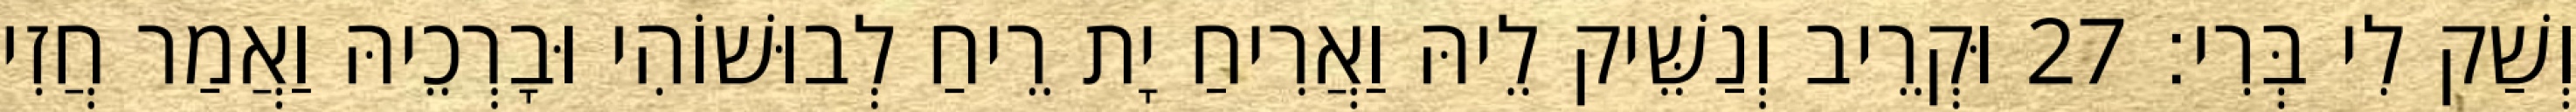
וְשַׁק לִי בְּרִי׃ 27 וּקְרֵיב וְנַשֵּׁיק לֵיהּ וַאֲרִיחַ יָת רֵיחַ לְבוּשׁוֹהִי וּבָרְכֵיהּ וַאֲמַר חֲזִי